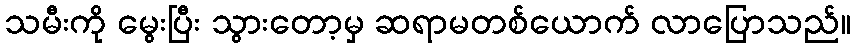
သမီးကို မွေးပြီး သွားတော့မှ ဆရာမတစ်ယောက် လာပြောသည်။